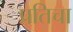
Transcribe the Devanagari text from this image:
प्रतिचा